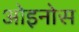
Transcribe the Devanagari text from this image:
ओइनोस